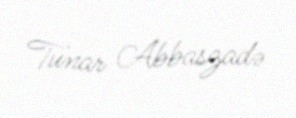
Tunar Abbaszadə